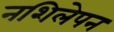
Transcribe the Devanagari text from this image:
नशिलेपन